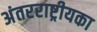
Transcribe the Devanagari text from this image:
अंतरराष्ट्रीयका